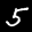
Label: 5